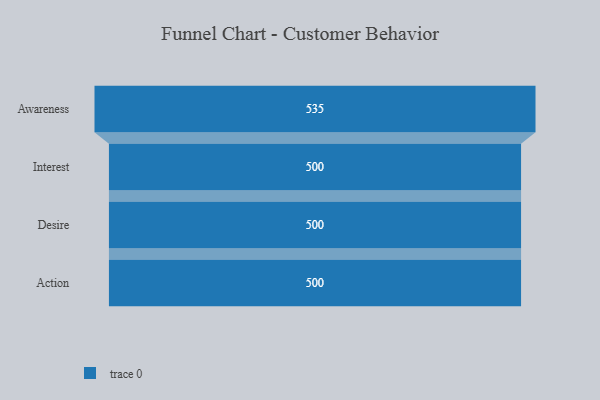
{"axis": {"x": "Stage", "y": "Value"}, "legend": [""], "data": [{"x": "Awareness", "y": 535.0, "type": ""}, {"x": "Interest", "y": 500, "type": ""}, {"x": "Desire", "y": 500, "type": ""}, {"x": "Action", "y": 500, "type": ""}]}